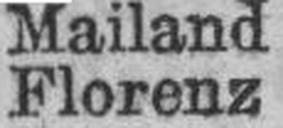
Florenz